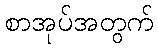
စာအုပ်အတွက်